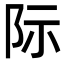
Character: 际